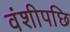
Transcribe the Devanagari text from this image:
वंशीपछि